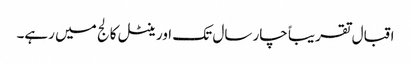
اقبال تقریباً چار سال تک اورینٹل کالج میں رہے۔